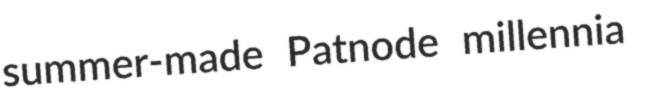
summer-made Patnode millennia